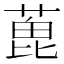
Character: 𦶃